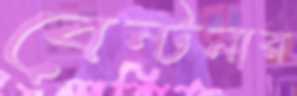
বেন্টনার